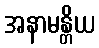
အနာမန္တိယ